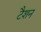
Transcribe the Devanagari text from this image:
टैशन